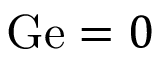
\mathrm { G e } = 0